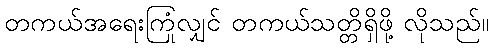
တကယ်အရေးကြုံလျှင် တကယ်သတ္တိရှိဖို့ လိုသည်။